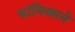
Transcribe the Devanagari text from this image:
कॉमिक्सने